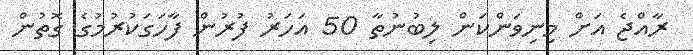
ރާއްޖެ އަށް މިނިވަންކަން ލިބުނުތާ 50 އަހަރު ފުރުން ފާހަގަކުރުމުގެ ގޮތުން